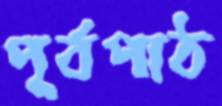
পূর্বপাঠ